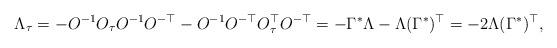
LaTeX: \begin{align*}\Lambda_\tau = - O^{-1} O_\tau O^{-1} O^{-\top} - O^{-1} O^{-\top} O^\top_\tau O^{-\top} = -\Gamma^*\Lambda - \Lambda(\Gamma^*)^\top = -2 \Lambda(\Gamma^*)^\top, \end{align*}